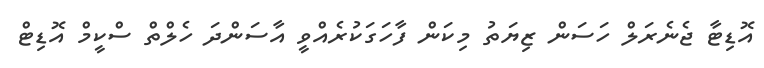
އޮޑިޓާ ޖެނެރަލް ހަސަން ޒިޔަތު މިކަން ފާހަގަކުރެއްވީ އާސަންދަ ހެލްތް ސްކީމް އޮޑިޓް